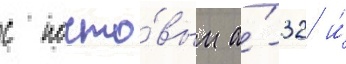
с почто́вым а́-32 и́